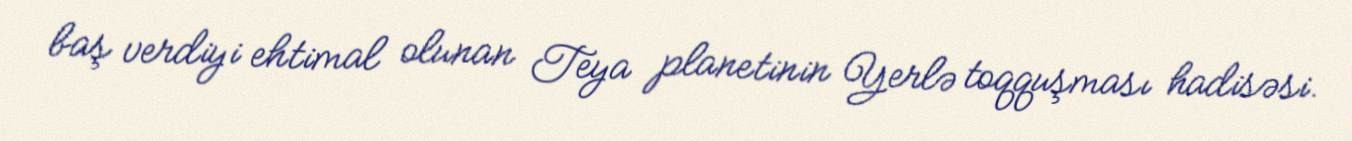
baş verdiyi ehtimal olunan Teya planetinin Yerlə toqquşması hadisəsi.